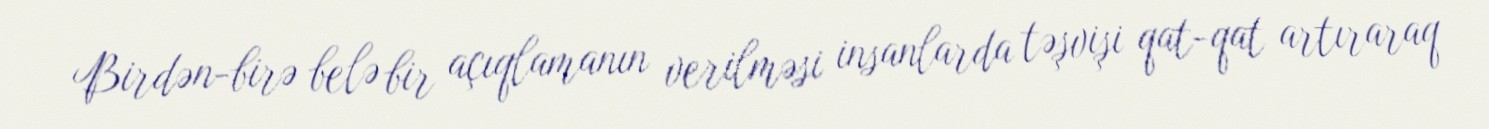
Birdən-birə belə bir açıqlamanın verilməsi insanlarda təşvişi qat-qat artıraraq